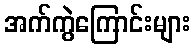
အက်ကွဲကြောင်းများ